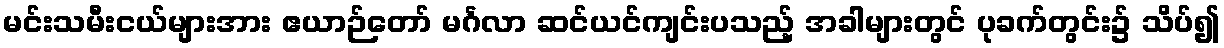
မင်းသမီးငယ်များအား ဧယာဉ်တော် မင်္ဂလာ ဆင်ယင်ကျင်းပသည့် အခါများတွင် ပုခက်တွင်း၌ သိပ်၍